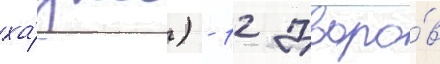
ха́джи) - 12 дворо́в